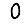
Digit: 0